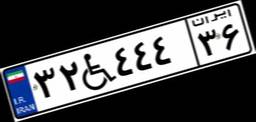
۳۲W۴۴۴۳۶